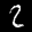
Label: 2